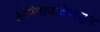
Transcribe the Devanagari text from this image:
औरंगाबादेपासून